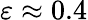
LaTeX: \varepsilon\approx 0.4